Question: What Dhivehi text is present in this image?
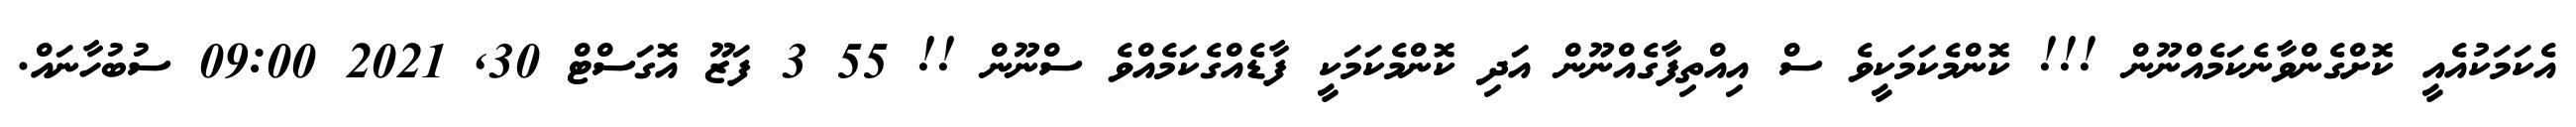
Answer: އެކަމަކުއެއީ ކޮށްގެންވާނެކަމެއްނޫން !!! ކޮންމެކަމަކީވެ ސް އިއްތިފާގެއްނޫން އަދި ކޮންމެކަމަކީ ފާޑެއްގެކަމެއްވެ ސްނޫން !! 55 3 ފަޒޫ އޮގަސްޓް 30, 2021 09:00 ސުބުހާނައް.